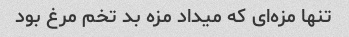
تنها مزه‌ای که میداد مزه بد تخم مرغ بود